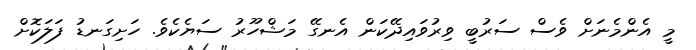
މީ އެންމެނަށް ވެސް ސަރުބީ ވިރުވައިދޭކަން އެނގޭ މަޝްހޫރު ސަޔެކެވެ. ހަށިގަނޑު ފަލަކޮށް